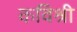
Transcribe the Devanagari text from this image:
कविश्री